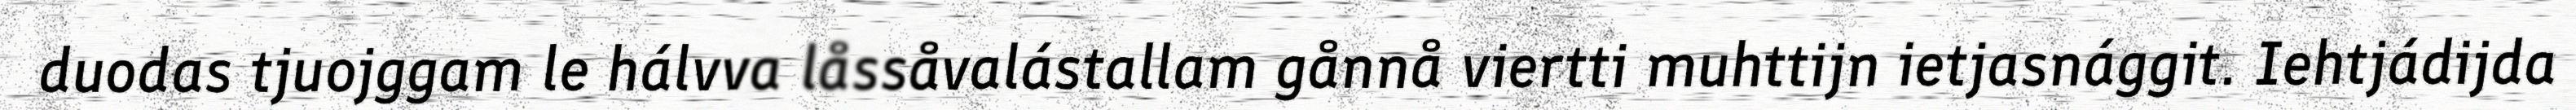
duodas tjuojggam le hálvva låssåvalástallam gånnå viertti muhttijn ietjasnággit. Iehtjádijda